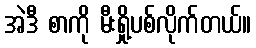
အဲဒီ စာကို မီးရှို့ပစ်လိုက်တယ်။